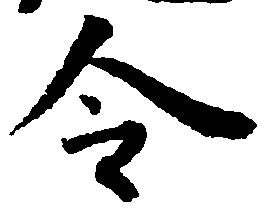
令